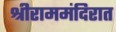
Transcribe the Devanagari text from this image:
श्रीराममंदिरात